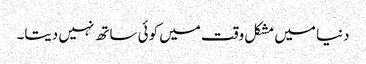
دنیا میں مشکل وقت میں کوئی ساتھ نہیں دیتا۔